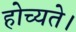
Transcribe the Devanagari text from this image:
होच्यते।